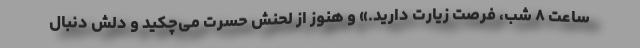
ساعت ۸ شب، فرصت زیارت دارید.» و هنوز از لحنش حسرت می‌چکید و دلش دنبال